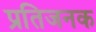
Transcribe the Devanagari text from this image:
प्रतिजनक